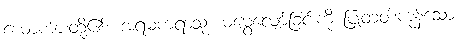
ယောကျ်ားတို့၏။ အရမကရာသု၊ မမွေ့လျော်ခြင်းကို ပြုတတ်ကုန်သော။